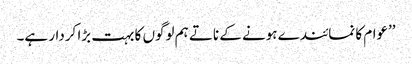
’’عوام کا نمائندے ہونے کے ناتے ہم لوگوں کا بہت بڑا کردار ہے۔